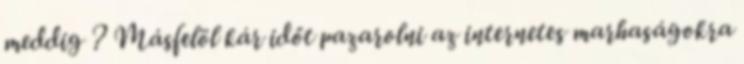
meddig ? Másfelöl kár időt pazarolni az internetes marhaságokra